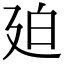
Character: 廹